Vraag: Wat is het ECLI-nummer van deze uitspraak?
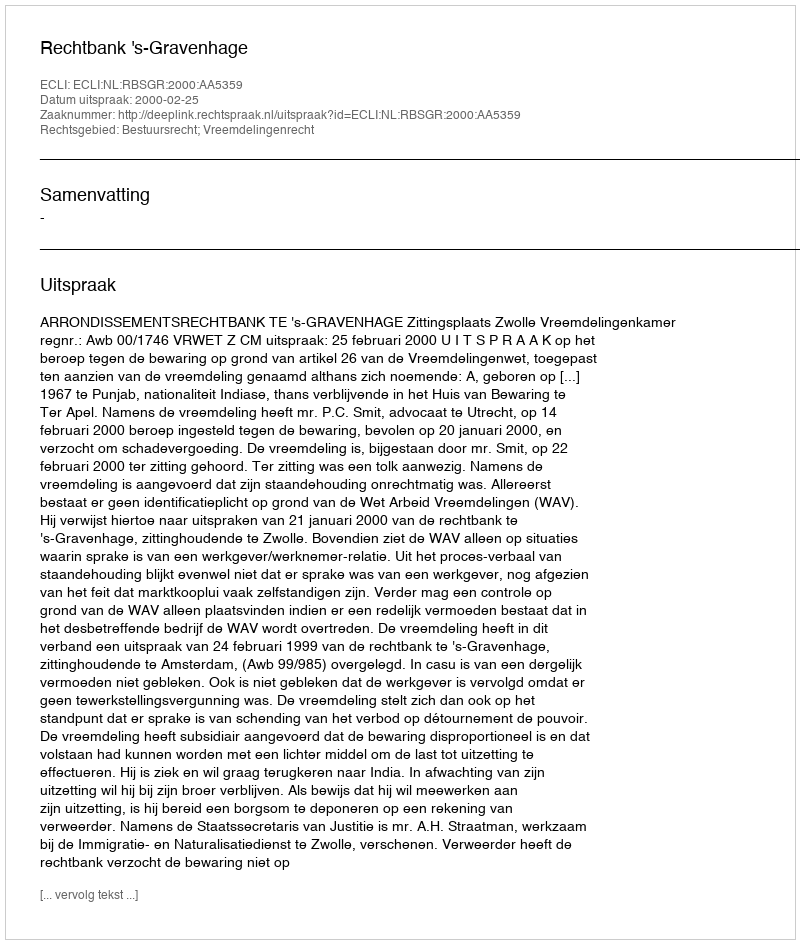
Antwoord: ECLI:NL:RBSGR:2000:AA5359